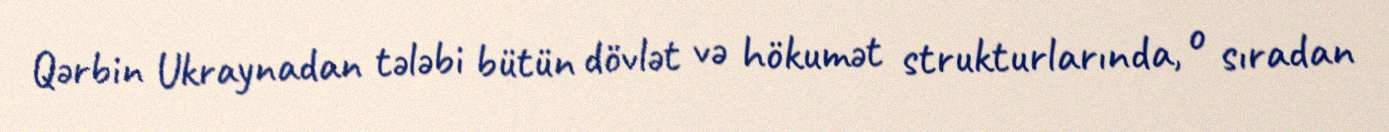
Qərbin Ukraynadan tələbi bütün dövlət və hökumət strukturlarında, o sıradan